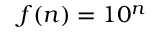
f ( n ) = 1 0 ^ { n }